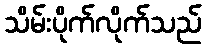
သိမ်းပိုက်လိုက်သည်